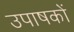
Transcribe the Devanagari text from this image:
उपाषकों